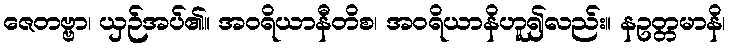
ဇေတဗ္ဗာ၊ ယှဉ်အပ်၏။ အဝရိယာနီတိစ၊ အဝရိယာနိဟူ၍လည်း။ နဥတ္တမာနိ၊